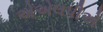
એએલપીએ